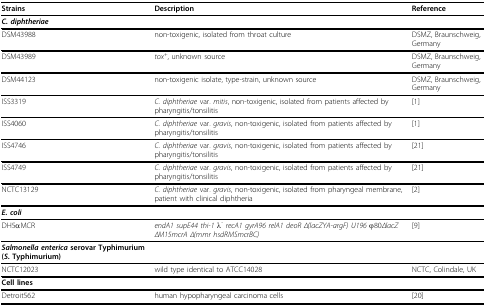
| Strains | Description | Reference |
 | --- | --- | --- |
 | C. diphtheriae |  |  |
 | DSM43988 | non-toxigenic, isolated from throat culture | DSMZ, Braunschweig, Germany |
 | DSM43989 | tox+, unknown source | DSMZ, Braunschweig, Germany |
 | DSM44123 | non-toxigenic isolate, type-strain, unknown source | DSMZ, Braunschweig, Germany |
 | ISS3319 | C. diphtheriae var. mitis, non-toxigenic, isolated from patients affected by pharyngitis/tonsilitis | [1] |
 | ISS4060 | C. diphtheriae var. gravis, non-toxigenic, isolated from patients affected by pharyngitis/tonsilitis | [1] |
 | ISS4746 | C. diphtheriae var. gravis, non-toxigenic, isolated from patients affected by pharyngitis/tonsilitis | [21] |
 | ISS4749 | C. diphtheriae var. gravis, non-toxigenic, isolated from patients affected by pharyngitis/tonsilitis | [21] |
 | NCTC13129 | C. diphtheriae var. gravis, non-toxigenic, isolated from pharyngeal membrane, patient with clinical diphtheria | [2] |
 | E. coli |  |  |
 | DH5αMCR | endA1 supE44 thi-1 λ- recA1 gyrA96 relA1 deoR Δ(lacZYA-argF) U196 φ80ΔlacZ ΔM15mcrA Δ(mmr hsdRMSmcrBC) | [9] |
 | Salmonella enterica serovar Typhimurium (S. Typhimurium) |  |  |
 | NCTC12023 | wild type identical to ATCC14028 | NCTC, Colindale, UK |
 | Cell lines |  |  |
 | Detroit562 | human hypopharyngeal carcinoma cells | [20] |